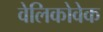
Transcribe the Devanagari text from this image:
वेलिकोवेक